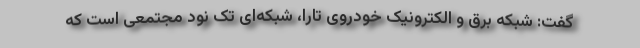
گفت: شبکه برق و الکترونیک خودروی تارا، شبکه‌ای تک نود مجتمعی است که